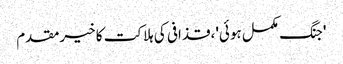
'جنگ مکمل ہوئی'، قذافی کی ہلاکت کا خیرمقدم